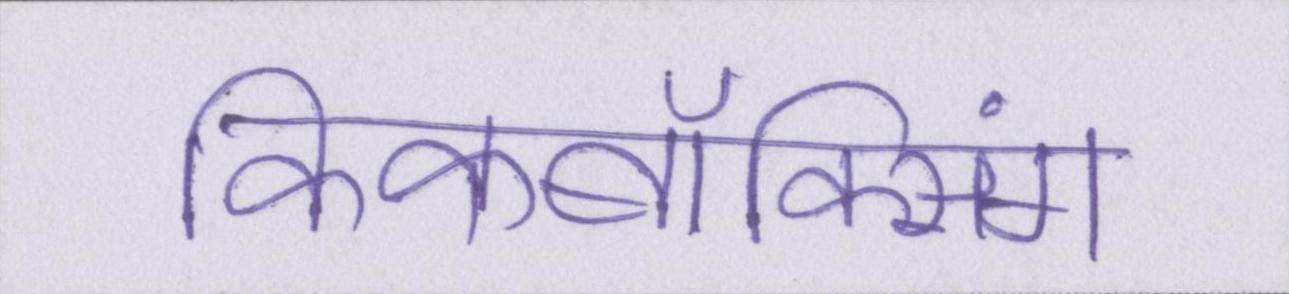
किकबॉक्सिंग